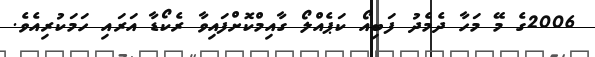
2006ގެ މޭ މަހާ ދެމެދު ފަބިއޯ ކަޕެއްލޯ ގާއިމްކޮށްފައިވާ ރެކޯޑާ އަރައި ހަމަކުރިއެވެ.